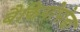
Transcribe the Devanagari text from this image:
बैकियोपोडा